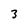
Character: 3